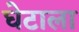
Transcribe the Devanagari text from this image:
घेटाला